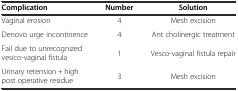
<table><thead><tr><td><b>Complication</b></td><td><b>Number</b></td><td><b>Solution</b></td></tr></thead><tbody><tr><td>Vaginal erosion</td><td>4</td><td>Mesh excision</td></tr><tr><td>Denovo urge incontinence</td><td>4</td><td>Ant cholinergic treatment</td></tr><tr><td>Fail due to unrecognized vesico-vaginal fistula</td><td>1</td><td>Vesco-vaginal fistula repair</td></tr><tr><td>Urinary retension + high post operative residue</td><td>3</td><td>Mesh excision</td></tr></tbody></table>